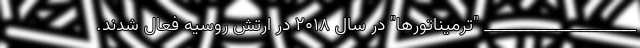
___________________ "ترمیناتورها" در سال 2018 در ارتش روسیه فعال شدند.